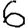
Digit: 6